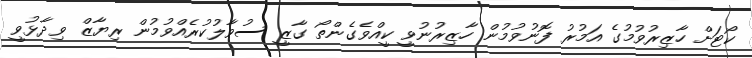
ކޯޓަށް ހާޒިރުވުމުގެ އަމުރު ފޮނުވުމުން ހާޒިރުނުވީ ކީއްވެގެންތޯ ގާޒީ ސުވާލުކުރެއްވުމުން ރިޔާޒް ވިދާޅުވީ